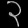
Digit: ၃